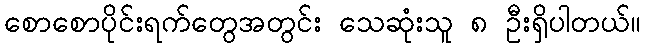
စောစောပိုင်းရက်တွေအတွင်း သေဆုံးသူ ၈ ဦးရှိပါတယ်။